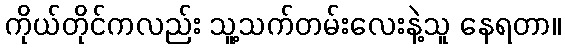
ကိုယ်တိုင်ကလည်း သူ့သက်တမ်းလေးနဲ့သူ နေရတာ။